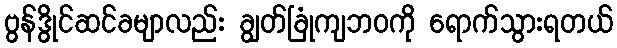
ဗွန်ဒွိုင်ဆင်ခမျာလည်း ချွတ်ခြုံကျဘဝကို ရောက်သွားရတယ်